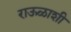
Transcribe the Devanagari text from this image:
राऊळाशी